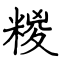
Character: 糉